Report on vaccination in Madras 1922-1929 - 1922-1929
Year: 1922
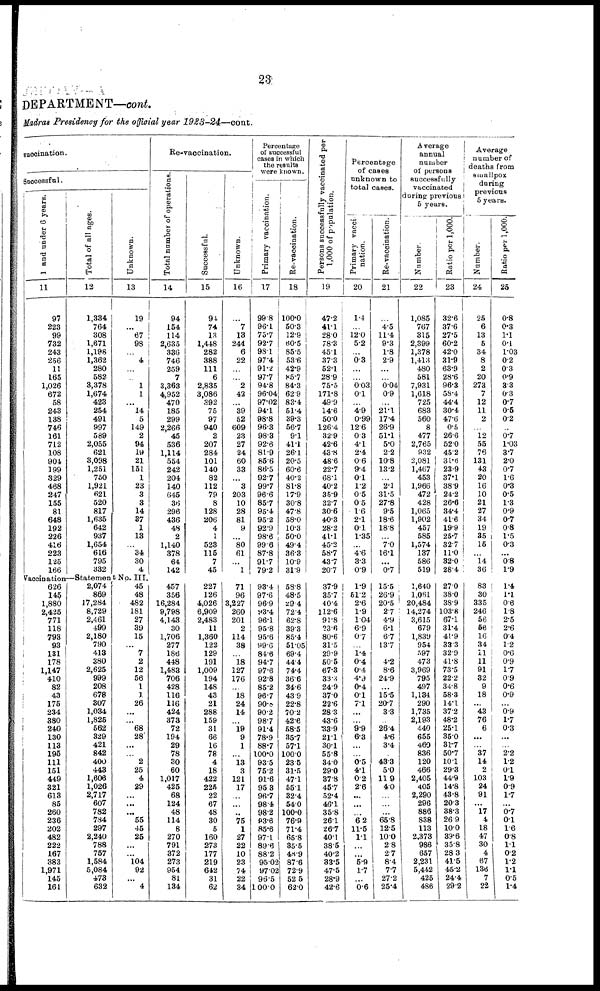
23
DEPARTMENT—cont.
Madras Presidency for the official year 1923-24—cont.
vaccination.
Successful.
1 and under 6 years.
11
97
223
99
732
243
256
11
165
1,026
672
58
243
138
746
161
712
108
904
199
329
468
247
155
81
648
192
226
416
223
125
166
Total of all ages.
12
1,334
764
308
1,671
1,198
1,362
280
582
3,378
1,674
423
254
491
997
589
2,055
621
3,098
1,251
750
1,921
621
520
817
1,635
642
937
1,654
616
795
332
Unknown.
13
19
...
67
98
...
4
...
...
1
1
... 14
5
149
2
94
19
21
151
1
23
3
3
14
37
1
13
...
34
30
4
Re-vaccination.
Total number of operations.
14
94
154
114
2,635
336
746
259
7
3,363
4,952
470
185
299
2,266
45
536
1,114
554
242
204
140
645
36
296
436
48
2
1,140
378
64
142
Successful.
15
94
74
13
1,448
282
388
111
6
2,835
3,086
392
75
97
940
2
207
284
101
140
82
112
79
8
128
206
4
1
523
115
7
45
Unknown.
16
...
7
13
244
6
22
...
...
2
42
... 39
52
609
23
27
24
60
33
...
3
203
10
28
81
9
...
80
61
...
1
Percentage
of successful
cases in which
the results
were known.
Primary vaccination.
17
99.8
96.1
75.7
92.7
98.1
97.4
91.2
97.7
94.8
96.04
97.02
94.1
98.8
96.3
98.3
92.6
81.9
85.6
86.5
92.7
99.7
96.6
85.7
95.4
95.2
92.9
98.6
99.6
87.8
91.7
79.2
Re-vaccination.
18
100.0
50.3
12.9
60.5
85.5
53.6
42.9
85.7
84.3
62.9
83.4
51.4
39.3
56.7
9.1
41.1
26.1
20.5
60.6
40.2
81.8
17.9
30.8
47.8
58.0
10.3
50.0
49.4
36.3
10.9
31.9
Persons successfully vaccinated per
1,000 of population.
19
47.2
41.1
28.0
78.3
45.1
37.3
52.1
28.9
75.5
171.8
49.9
14.6
50.0
126.4
32.9
42.6
43.8
48.6
22.7
68.1
40.2
35.9
32.7
30.6
40.3
28.2
41.1
45.2
58.7
43.7
20.7
Percentage
of cases
unknown to
total cases.
Primary vacci-
nation.
20
1.4
...
12.0
5.2
...
0.3
...
... 0.03
0.1
...
4.9
0.99
12.6
0.3
4.1
2.4
0.6
9.4
0.1
1.2
0.5
0.5
1.6
2.1
0.1
1.35
...
4.6
3.3
0.9
Re-vaccination.
21
...
4.5
11.4
9.3
1.8
2.9
...
...
0.04
0.9
...
21.1
17.4
26.9
51.1
5.0
2.2
10.8
13.2
...
2.1
31.5
27.8
9.5
18.6
18.8
...
7.0
16.1
...
0.7
Average
annual
number
of persons
successfully
vaccinated
during previous
5 years.
Number.
22
1,085
767
315
2,399
1,378
1,413
480
581
7,931
1,618
725
683
560
8
477
2,765
932
2,081
1,467
453
1,966
472
428
1,065
1,902
457
585
1,574
137
586
519
Ratio per 1,000.
23
32.6
37.6
27.5
60.2
42.0
31.9
63.9
28.6
96.3
58.4
44.4
30.4
47.6
0.5
26.6
52.0
45.2
31.6
23.9
37.1
38.9
24.2
26.6
34.4
41.6
19.9
25.7
32.7
11.0
32.0
28.4
Average
number of
deaths from
smallpox
during
previous
5 years.
Number.
24
25
6
13
5
34
8
2
20
273
7
12
11
2
...
12
55
76
131
43
20
16
10
21
27
34
19
35
15
...
14
36
Ratio per 1,000.
25
0.8
0.3
1.1
0.1
1.03
0.2
0.3
0.9
3.3
0.3
0.7
0.5
0.2
...
0.7
1.03
3.7
2.0
0.7
1.6
0.3
0.5
1.3
0.9
0.7
0.8
1.5
0.3
... 0.8
1.9
Vaccination—Statement No. III.
626
145
1,880
2,425
771
118
793
93
131
178
1,147
410
82
43
175
234
380
240
130
113
195
111
151
449
321
613
85
260
236
202
482
222
167
383
1,971
145
161
2,074
869
17,284
8,729
2,461
499
2,180
790
413
380
2,625
999
208
678
307
1,034
1,825
562
329
421
842
400
443
1,606
1,026
2,717
607
782
784
297
2,240
788
757
1,584
5,084
473
632
45
48
482
181
27
39
15
... 7
2
12
56
1
1
26
...
...
68
28
...
... 2
25
4
29
...
...
... 55
45
25
...
...
104
92
... 4
457
356
16,284
9,798
4,143
30
1,706
277
186
448
1,483
706
428
116
116
424
373
72
194
29
78
30
60
1,017
425
68
124
48
114
8
270
791
372
273
954
81
134
227
126
4,026
6,909
2,483
11
1,360
122
129
191
1,009
194
148
43
21
288
159
31
66
16
78
4
18
422
225
22
67
48
30
5
160
273
177
219
642
31
62
71
96
3,227
260
201
2
114
38
...
18
127
176
...
18
24
14
...
19
9
1
... 13
3
121
17
...
...
...
75
1
27
22
10
23
74
22
34
93.4
97.6
96.9
93.4
96.1
95.8
95.6
99.6
84.6
94.7
97.6
92.8
85.2
96.7
90.8
90.2
98.7
91.4
78.9
88.7
100.0
93.5
75.2
91.6
95.3
96.7
98.4
98.2
93.6
85.6
97.1
89.6
88.2
95.02
97.02
96.5
100.0
58.8
48.5
29.4
72.4
62.8
39.3
85.4
51.05
69.4
44.4
74.4
36.6
34.6
43.9
22.8
70.2
42.6
58.5
35.7
57.1
100.0
23.5
31.5
47.1
55.1
32.4
54.0
100.0
76.9
71.4
65.8
35.5
48.9
87.6
72.9
52.5
62.0
37.9
35.7
40.4
112.6
91.8
23.6
80.6
31.5
29.9
50.5
67.3
33.3
24.9
37.0
22.6
28.3
43.6
33.9
21.1
30.1
55.8
34.0
29.0
37.8
45.7
52.4
46.1
35.8
26.1
26.7
40.1
38.5
40.2
33.5
47.5
28.9
42.6
1.9
51.2
2.6
1.9
1.04
6.9
0.7
...
1.4
0.4
0.4
4.9
0.4
0.1
7.1
...
...
9.9
6.3
...
...
0.5 4.1
0.2
2.6
...
...
...
6.2
11.5
1.1
...
...
5.9
1.7
...
0.6
15.5
26.9
20.5
2.7
4.9
6.1
6.7
13.7
...
4.2
8.6
24.9
...
15.5
20.7
3.3
...
26.4
4.6
3.4
...
43.3
5.0
11.9
4.0
...
...
...
65.8
12.5
10.0
2.8
2.7
8.4
7.7
27.2
25.4
1,640
1,061
20,484
14,274
3,615
679
1,839
954
597
473
3,969
795
497
1,134
290
1,735
2,193
440
655
460
836
120
466
2,405
405
2,290
296
886
838
113
2,373
986
657
2,231
5,442
425
486
27.0
38.0
38.9
103.8
67.1
31.4
41.9
33.3
32.9
41.8
73.5
22.2
34.8
58.3
14.1
37.2
48.2
25.1
35.0
31.7
50.7
10.1
29.3
44.9
14.8
43.8
20.3
38.3
26.9
10.0
39.6
35.8
28.3
41.5
45.2
24.4
29.2
83
30
335
246
56
56
16
34
11
11
91
32
9
18
... 43
76
6
...
...
37
14
2
103
24
91
... 17
4
18
47
30
4
67
136
7
22
1.4
1.1
0.6
1.8
2.5
2.6
0.4
1.2
0.6
0.9
1.7
0.9
0.6
0.9
...
0.9
1.7
0.3
...
...
2.2
1.2
0.1
1.9
0.9
1.7
... 0.7
0.1
1.6
0.8
1.1
0.2
1.2
1.1
0.5
1.4